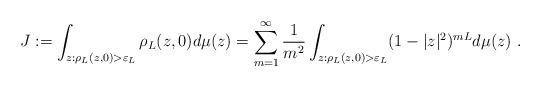
\begin{align*} J:=\int_{z: \rho_L(z,0)>\varepsilon_L} \rho_L(z,0) d\mu(z)=\sum_{m=1}^\infty\frac 1{m^2} \int_{z: \rho_L(z,0)>\varepsilon_L} (1-|z|^2)^{mL} d\mu(z)\ .\end{align*}